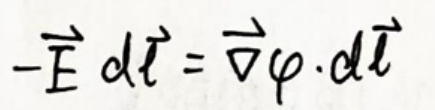
\(-\vec{E}d\vec{l}=\vec{\nabla}\varphi\cdot d\vec{l}\)